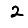
Digit: 2